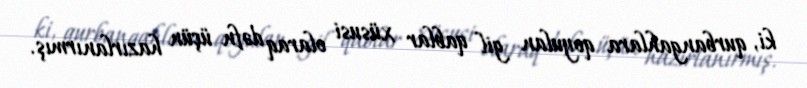
ki, qurbangahlara qoyulan gil qablar xüsusi olaraq dəfn üçün hazırlanırmış.